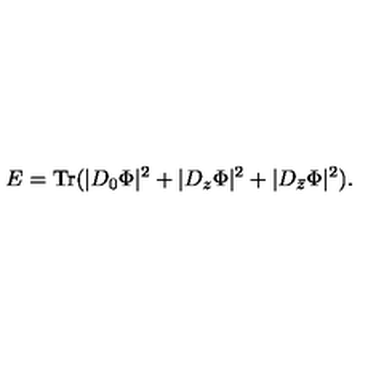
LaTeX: E = \mathrm { T r } ( | D _ { 0 } \Phi | ^ { 2 } + | D _ { z } \Phi | ^ { 2 } + | D _ { \bar { z } } \Phi | ^ { 2 } ) .